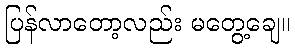
ပြန်လာတော့လည်း မတွေ့ချေ။